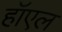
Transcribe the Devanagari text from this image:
हॉएल